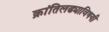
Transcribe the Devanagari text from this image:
क्रांतिलढ्याविषयी